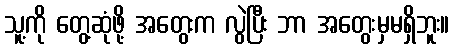
သူ့ကို တွေ့ဆုံဖို့ အတွေးက လွဲပြီး ဘာ အတွေးမှမရှိဘူး။